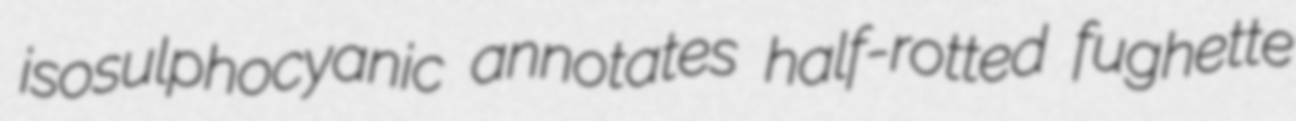
isosulphocyanic annotates half-rotted fughette